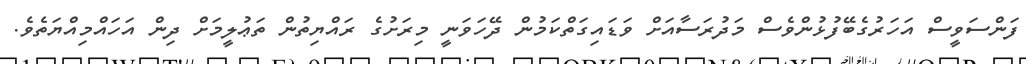
ފަންސަވީސް އަހަރުގެބޭފުޅުންވެސް މަދުރަސާއަށް ވަޑައިގަތްކަމުން ދޭހަވަނީ މިރަށުގެ ރައްޔިތުން ތަޢުލީމަށް ދިން އަހައްމިއްޔަތެވެ.